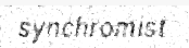
synchromist